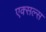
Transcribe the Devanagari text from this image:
एक्सल्स